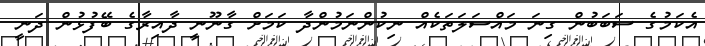
އެކަމުގެ ސަބަބުން ގިނަ މައްސަލަތަކެއް ނިކުންނަމުންދާ ކަމަށް ގާނޫނީ ދާއިރާގެ ބޭފުޅުން ދަނީ